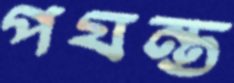
পযন্ত